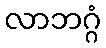
လာဘဂ္ဂံ